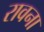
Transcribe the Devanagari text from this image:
रावना